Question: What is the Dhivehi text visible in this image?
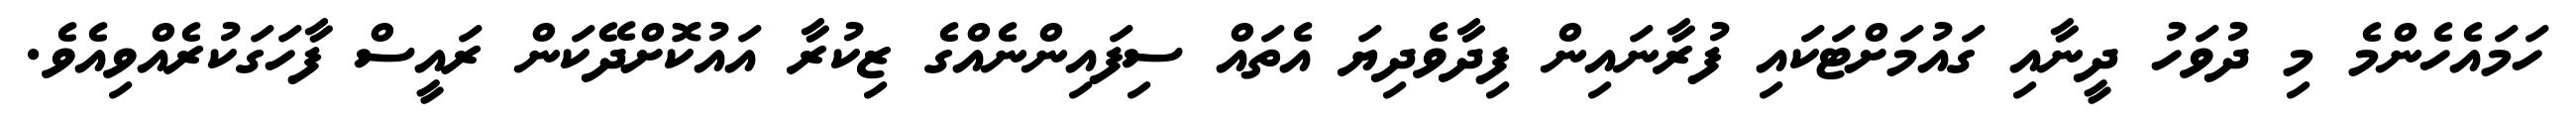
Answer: ހަމައެހެންމެ މި ދުވަހު ދީނާއި ގައުމަށްޓަކައި ފުރާނައިން ފިދާވެދިޔަ އެތައް ސިފައިންނެއްގެ ޒިކުރާ އައުކޮށްދޭކަން ރައީސް ފާހަގަކުރެއްވިއެވެ.